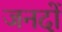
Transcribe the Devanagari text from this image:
जनदों